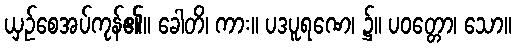
ယှဉ်စေအပ်ကုန်၏။ ခေါတိ၊ ကား။ ပဒပူရဏေ၊ ၌။ ပဝတ္တော၊ သော။